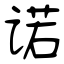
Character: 诺